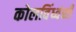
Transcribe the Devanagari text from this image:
कोलविंध्वंशी